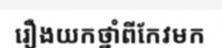
រឿងយកថ្នាំពីកែវមក